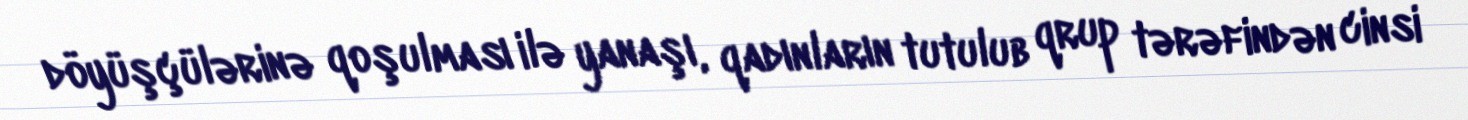
döyüşçülərinə qoşulması ilə yanaşı, qadınların tutulub qrup tərəfindən cinsi